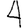
Digit: 4